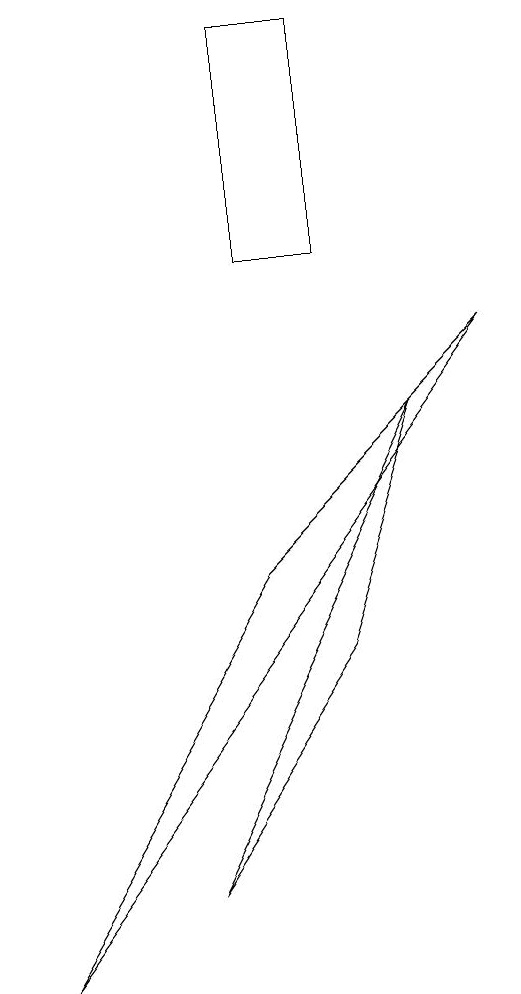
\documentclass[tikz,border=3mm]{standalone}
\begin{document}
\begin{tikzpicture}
\draw (6,13) rectangle (7,10);
\draw (7,5) -- (8,8) -- (5,2) -- cycle;
\draw (6,6) -- (9,9) -- (3,1) -- cycle;
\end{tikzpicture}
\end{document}